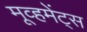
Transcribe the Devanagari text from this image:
मूव्हमेंट्स